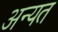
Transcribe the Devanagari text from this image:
अन्यत